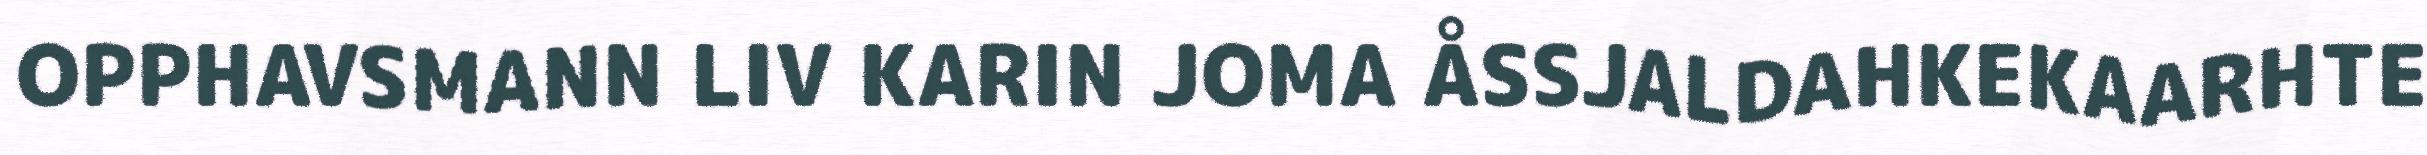
OPPHAVSMANN LIV KARIN JOMA ÅSSJALDAHKEKAARHTE